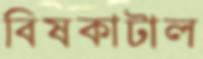
বিষকাটাল